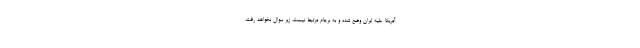
آمریکا علیه ایران وضع شده و به برجام مرتبط نیست، زیر سوال نخواهد رفت.